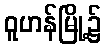
ဝူဟန်မြို့၌